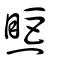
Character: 㷡